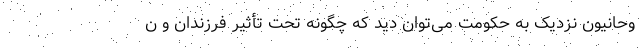
وحانیون نزدیک به حکومت می‌توان دید که چگونه تحت تأثیر فرزندان و ن